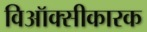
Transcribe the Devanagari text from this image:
विऑक्सीकारक